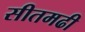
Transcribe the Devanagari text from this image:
सीतमढी